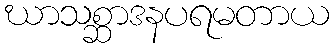
ဃာသစ္ဆာဒနပရမတာယ